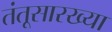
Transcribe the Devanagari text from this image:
तंतूसारख्या